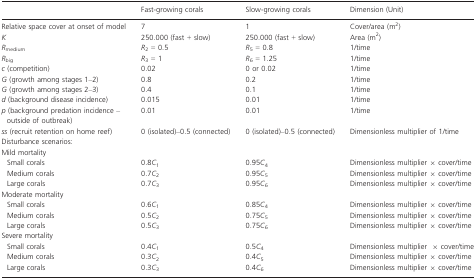
<table><thead><tr><td></td><td><b>Fast-growing corals</b></td><td><b>Slow-growing corals</b></td><td><b>Dimension (Unit)</b></td></tr></thead><tbody><tr><td>Relative space cover at onset of model</td><td>7</td><td>1</td><td>Cover/area (m<sup>2</sup>)</td></tr><tr><td><i>K</i></td><td>250.000 (fast + slow)</td><td>250.000 (fast + slow)</td><td>Area (m<sup>2</sup>)</td></tr><tr><td><i>R</i><sub>medium</sub></td><td><i>R</i><sub>2</sub> = 0.5</td><td><i>R</i><sub>5</sub> = 0.8</td><td>1/time</td></tr><tr><td><i>R</i><sub>big</sub></td><td><i>R</i><sub>3</sub> = 1</td><td><i>R</i><sub>6</sub> = 1.25</td><td>1/time</td></tr><tr><td><i>c</i> (competition)</td><td>0.02</td><td>0 or 0.02</td><td>1/time</td></tr><tr><td><i>G</i> (growth among stages 1–2)</td><td>0.8</td><td>0.2</td><td>1/time</td></tr><tr><td><i>G</i> (growth among stages 2–3)</td><td>0.4</td><td>0.1</td><td>1/time</td></tr><tr><td><i>d</i> (background disease incidence)</td><td>0.015</td><td>0.01</td><td>1/time</td></tr><tr><td><i>p</i> (background predation incidence – outside of outbreak)</td><td>0.01</td><td>0.01</td><td>1/time</td></tr><tr><td><i>ss</i> (recruit retention on home reef)</td><td>0 (isolated)–0.5 (connected)</td><td>0 (isolated)–0.5 (connected)</td><td>Dimensionless multiplier of 1/time</td></tr><tr><td colspan="4">Disturbance scenarios:</td></tr><tr><td colspan="4">Mild mortality</td></tr><tr><td> Small corals</td><td>0.8<i>C</i><sub>1</sub></td><td>0.95<i>C</i><sub>4</sub></td><td>Dimensionless multiplier × cover/time</td></tr><tr><td> Medium corals</td><td>0.7<i>C</i><sub>2</sub></td><td>0.95<i>C</i><sub>5</sub></td><td>Dimensionless multiplier × cover/time</td></tr><tr><td> Large corals</td><td>0.7<i>C</i><sub>3</sub></td><td>0.95<i>C</i><sub>6</sub></td><td>Dimensionless multiplier × cover/time</td></tr><tr><td colspan="4">Moderate mortality</td></tr><tr><td> Small corals</td><td>0.6<i>C</i><sub>1</sub></td><td>0.85<i>C</i><sub>4</sub></td><td>Dimensionless multiplier × cover/time</td></tr><tr><td> Medium corals</td><td>0.5<i>C</i><sub>2</sub></td><td>0.75<i>C</i><sub>5</sub></td><td>Dimensionless multiplier × cover/time</td></tr><tr><td> Large corals</td><td>0.5<i>C</i><sub>3</sub></td><td>0.75<i>C</i><sub>6</sub></td><td>Dimensionless multiplier × cover/time</td></tr><tr><td colspan="4">Severe mortality</td></tr><tr><td> Small corals</td><td>0.4<i>C</i><sub>1</sub></td><td>0.5<i>C</i><sub>4</sub></td><td>Dimensionless multiplier × cover/time</td></tr><tr><td> Medium corals</td><td>0.3<i>C</i><sub>2</sub></td><td>0.4<i>C</i><sub>5</sub></td><td>Dimensionless multiplier × cover/time</td></tr><tr><td> Large corals</td><td>0.3<i>C</i><sub>3</sub></td><td>0.4<i>C</i><sub>6</sub></td><td>Dimensionless multiplier × cover/time</td></tr></tbody></table>